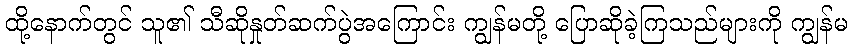
ထို့နောက်တွင် သူ၏ သီဆိုနှုတ်ဆက်ပွဲအကြောင်း ကျွန်မတို့ ပြောဆိုခဲ့ကြသည်များကို ကျွန်မ